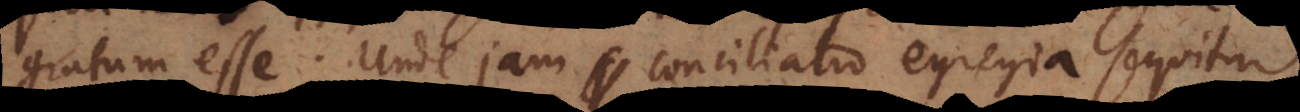
gratum esse. Unde jam conciliatio egregia sequitur